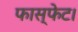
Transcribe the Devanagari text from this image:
फास्फेट।